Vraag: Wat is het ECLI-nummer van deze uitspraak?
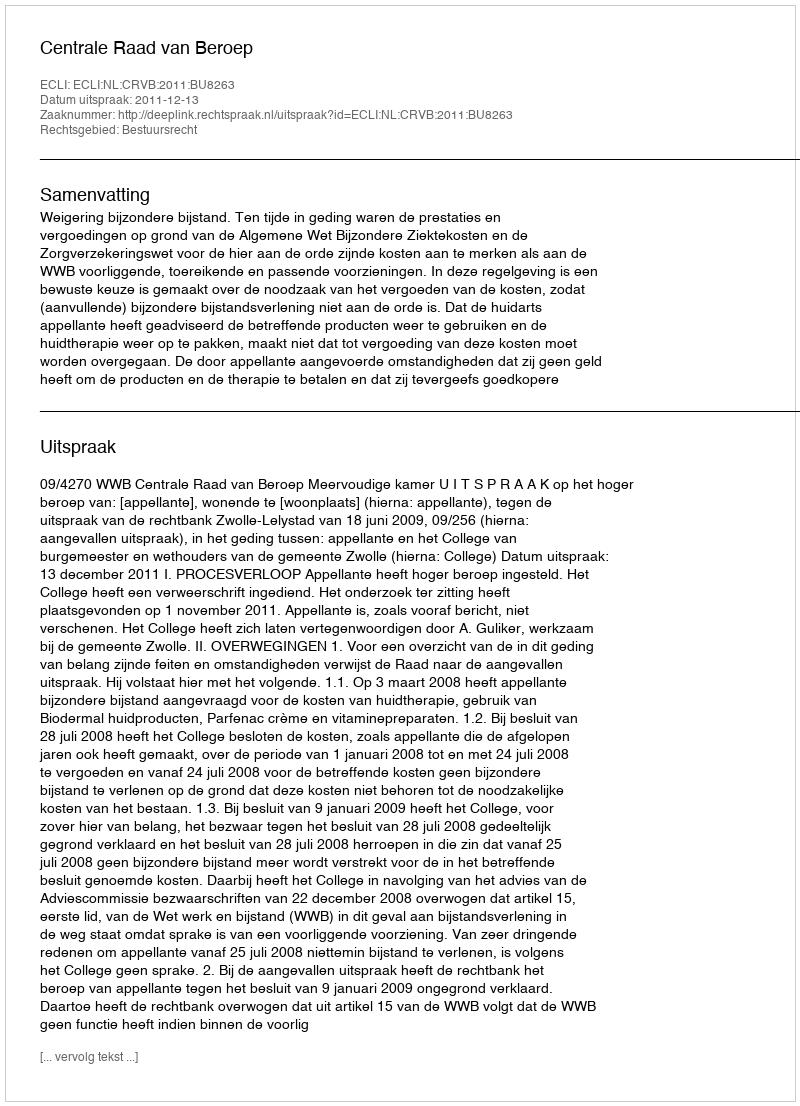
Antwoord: ECLI:NL:CRVB:2011:BU8263